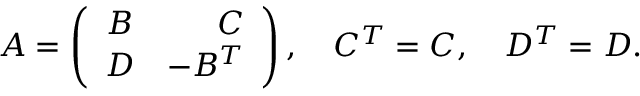
A = \left( \begin{array} { c r c } { { B } } & { { C } } \\ { { D } } & { { - B ^ { T } } } \end{array} \right) , \quad C ^ { T } = C , \quad D ^ { T } = D .